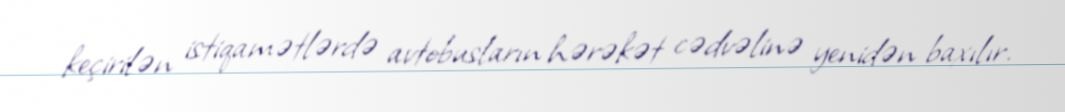
keçirilən istiqamətlərdə avtobusların hərəkət cədvəlinə yenidən baxılır.